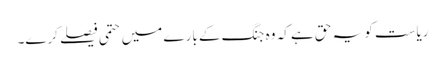
ریاست کو یہ حق ہے کہ وہ جنگ کے بارے میں حتمی فیصلے کرے۔